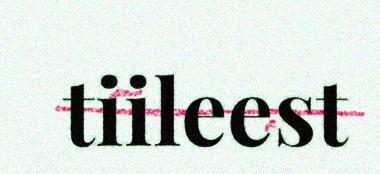
tiileest